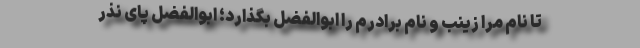
تا نام مرا زینب و نام برادرم را ابوالفضل بگذارد؛ ابوالفضل پای نذر